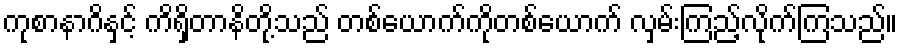
ကုစာနာဂိနှင့် ကိရှိတာနိတို့သည် တစ်ယောက်ကိုတစ်ယောက် လှမ်းကြည့်လိုက်ကြသည်။